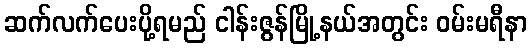
ဆက်လက်ပေးပို့ရမည် ငါန်းဇွန်မြို့နယ်အတွင်း ဝမ်းမရီနာ